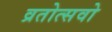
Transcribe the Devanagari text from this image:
व्रतोत्सवो